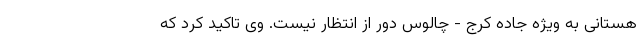
هستانی به ویژه جاده کرج - چالوس دور از انتظار نیست. وی تاکید کرد که